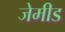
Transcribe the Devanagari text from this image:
जेमीड